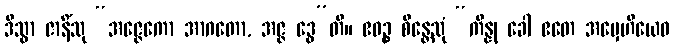
ဒိသွာ ဇာနိံသု “အဇ္ဇေကော အာဂတော, အဇ္ဇ ဒွေ”တိ။ ဧဝဉ္စ စိန္တေသုံ “ကိန္နု ခေါ ဧတေ အမှေဟိယေဝ